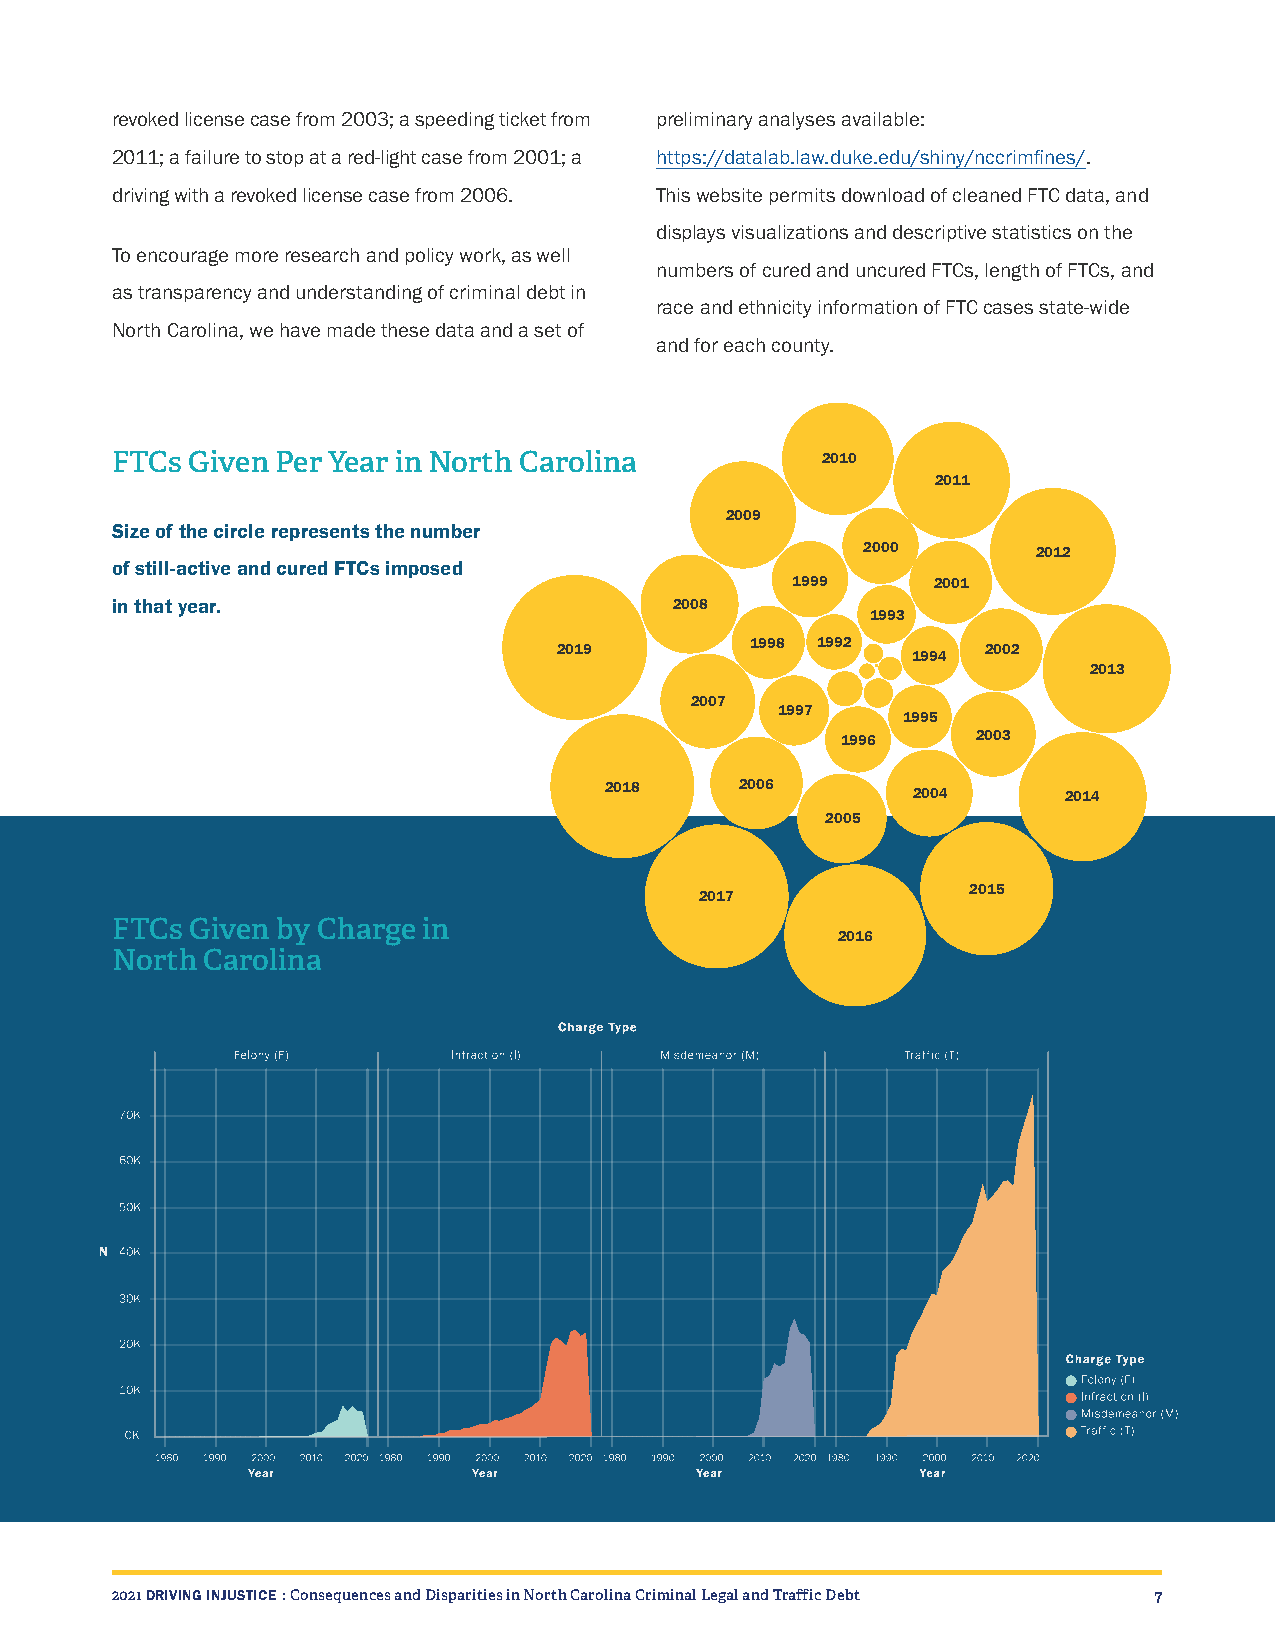
revoked license case from 2003; a speeding ticket from preliminary analyses available:
 2011; a failure to stop at a red-light case from 2001; a https://datalab.law.duke.edu/shiny/nccrimfines/.
 driving with a revoked license case from 2006. This website permits download of cleaned FTC data, and
 displays visualizations and descriptive statistics on the
 To encourage more research and policy work, as well
 numbers of cured and uncured FTCs, length of FTCs, and
 as transparency and understanding of criminal debt in
 race and ethnicity information of FTC cases state-wide
 North Carolina, we have made these data and a set of
 and for each county.
 FTCs Given Per Year in North Carolina          2010
 2011
 2009
 Size of the circle represents the number
 2000        2012
 of still-active and cured FTCs imposed
 1999      2001
 in that year.                         2008
 1993
 2019         1998 1992      2002
 1994
 2013
 2007
 1997
 1995
 1996     2003
 2018     2006       2004      2014
 2005
 2015
 2017
 FTCs  Given by Charge in
 2016
 North Carolina
 2021 DRIVING INJUSTICE : Consequences and Disparities in North Carolina Criminal Legal and Traffic Debt 7